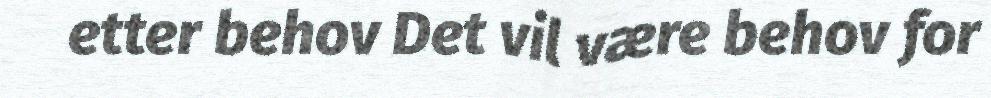
etter behov Det vil være behov for